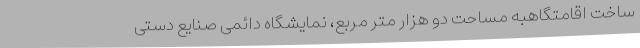
ساخت اقامتگاهبه مساحت دو هزار متر مربع، نمایشگاه دائمی صنایع دستی